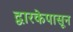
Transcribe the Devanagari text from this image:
द्वारकेपासून